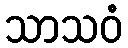
သာသဝံ